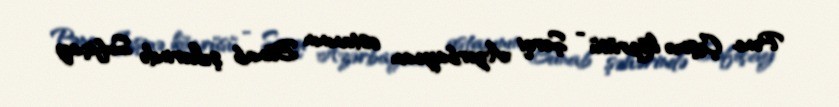
Pənc Çeşmə köprüsü - Şərqi Azərbaycan ostanının Bünab şəhərində Sufiçay